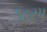
૧૮રપ